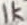
Text: 1k